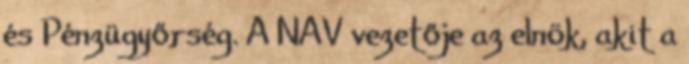
és Pénzügyőrség. A NAV vezetője az elnök, akit a